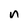
Character: n